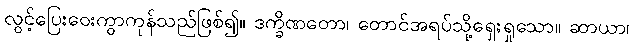
လွင့်ပြေးဝေးကွာကုန်သည်ဖြစ်၍။ ဒက္ခိဏတော၊ တောင်အရပ်သို့ရှေးရှုသော။ ဆာယာ၊